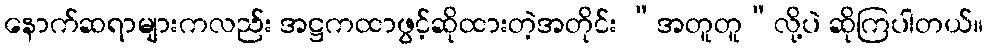
နောက်ဆရာများကလည်း အဋ္ဌကထာဖွင့်ဆိုထားတဲ့အတိုင်း “အတူတူ”လို့ပဲ ဆိုကြပါတယ်။